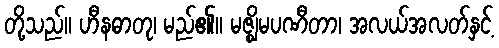
တို့သည်။ ဟီနဓာတု၊ မည်၏။ မဇ္ဈိမပဏီတာ၊ အလယ်အလတ်နှင့်